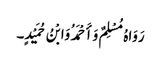
رَوَاہُ مُسْلِمٌ وَأَحْمَدُ وَابْنُ حُمَیْدٍ۔